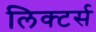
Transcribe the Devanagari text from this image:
लिक्टर्स